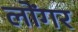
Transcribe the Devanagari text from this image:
लोंगर